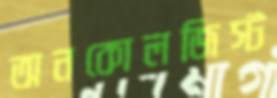
অনকোলজিস্ট